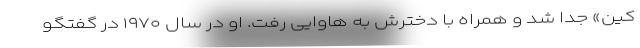
کین» جدا شد و همراه با دخترش به هاوایی رفت. او در سال ۱۹۷۰ در گفتگو